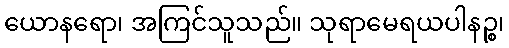
ယောနရော၊ အကြင်သူသည်။ သုရာမေရယပါနဉ္စ၊